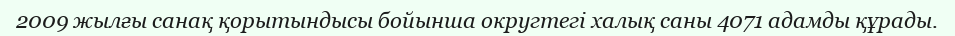
2009 жылғы санақ қорытындысы бойынша округтегі халық саны 4071 адамды құрады.